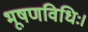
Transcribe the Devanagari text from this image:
भूषणविधिः।